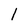
Character: 1